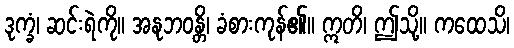
ဒုက္ခံ၊ ဆင်းရဲကို။ အနုဘဝန္တိ၊ ခံစားကုန်၏။ ဣတိ၊ ဤသို့။ ကထေသိ၊